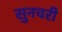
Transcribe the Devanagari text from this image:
सुनचरी